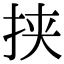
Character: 挟